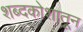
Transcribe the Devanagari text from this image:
शब्दकोशातून